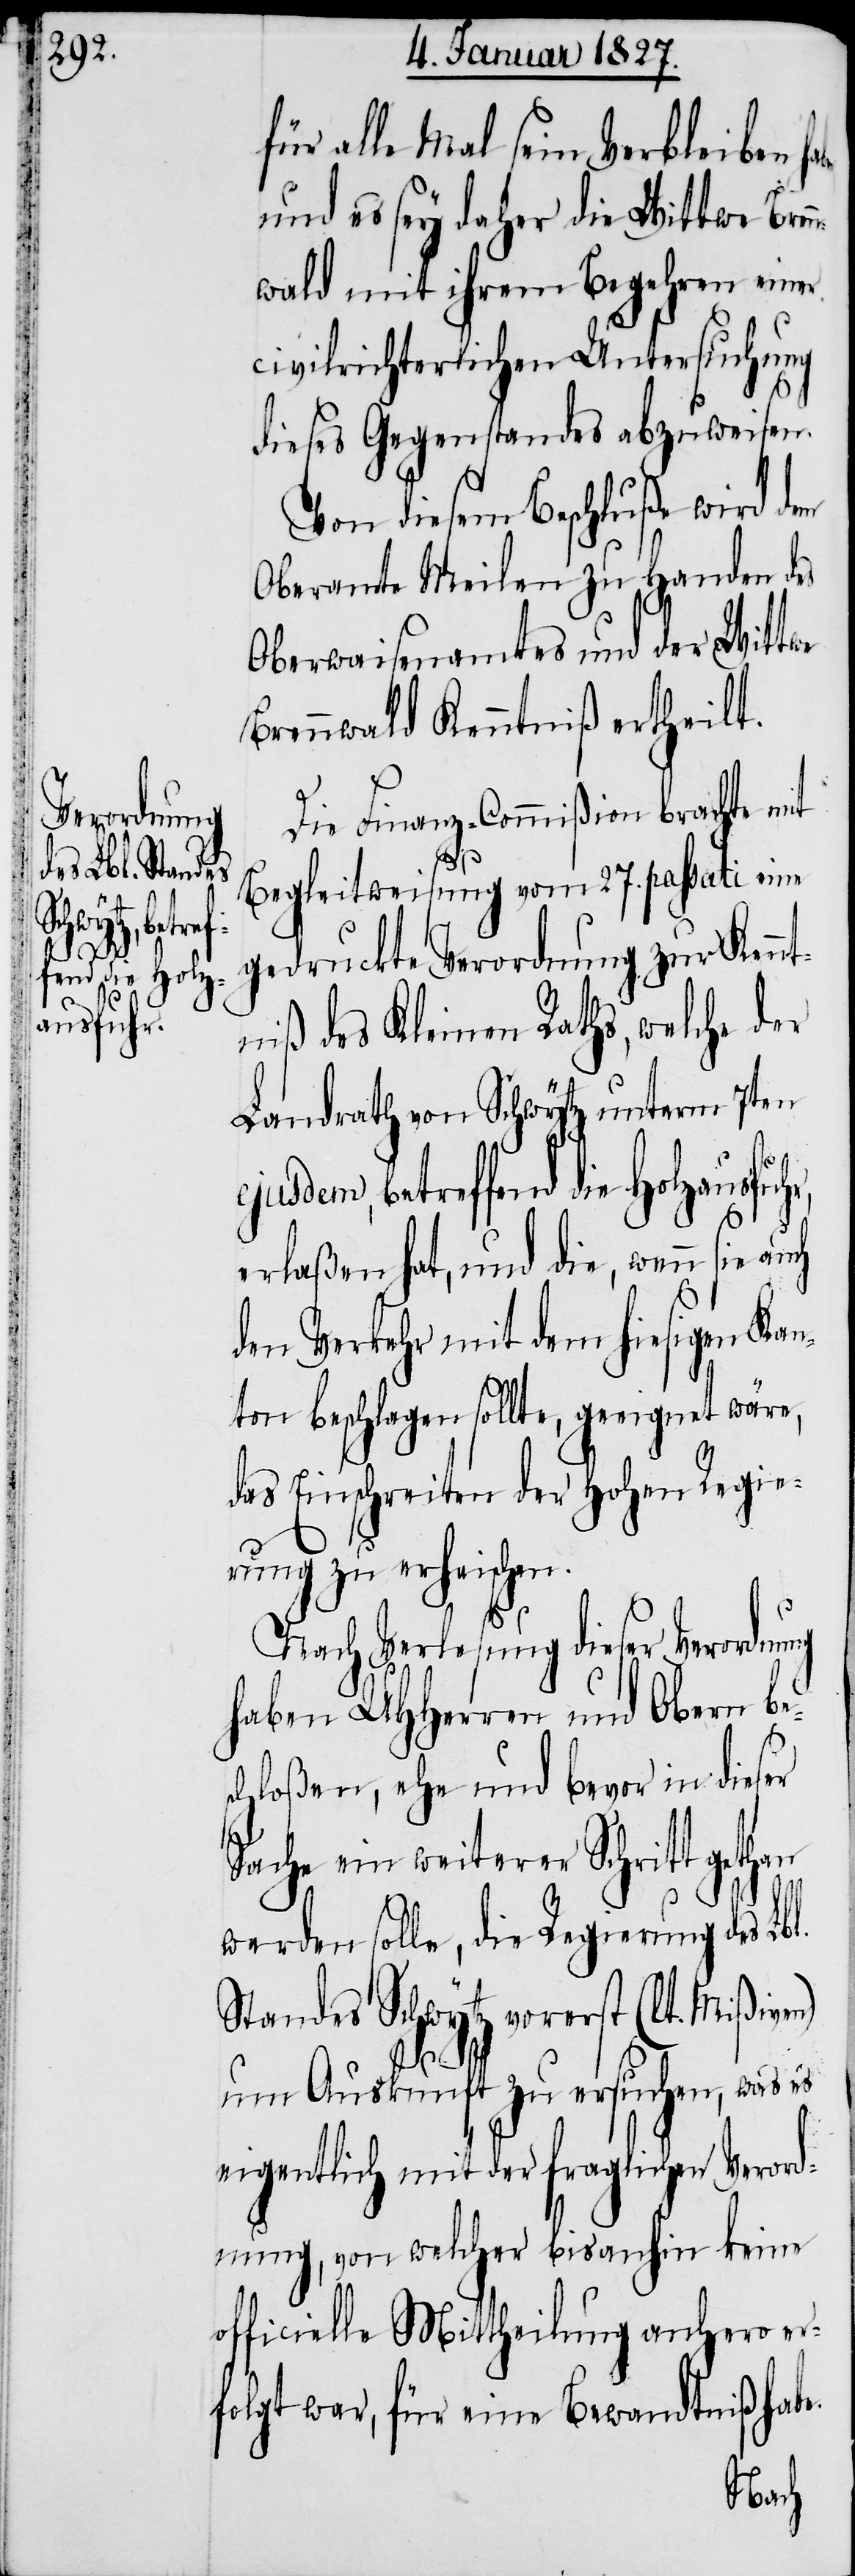
ejusdem, betref¬
fend die Holz¬
ausfuhr,

für alle Mal sein Verbleiben
und es sey daher die Wittwe Bren¬
nwald mit ihrem Begehren einer
civilrichterlichen Untersuchung
e.
dieses Gegenstandes abzuweisen.
Von diesem Beschluße wird dem
Oberamte Meilen zu Handen des
Oberwaisenamtes und der Wittwe
Brennwald Kenntniß ertheilt.
Die Finanz-Commißion brachte mit
Begleitweisung vom 27. passati eine
gedruckte Verordnung zur Kennt¬
niß des Kleinen Raths, welche der
Landrath von Schwytz unterm 7ten
erlaßen hat, und die, wenn sie
den Verkehr mit dem hiesigen Kan¬
ton beschlagen sollte, geeignet wäre,
das Einschreiten der Hohen Regie¬
rung zu erheischen.
Nach Verlesung dieser Verordnung
haben UHHerren und Obern bes¬
chloßen, ehe und bevor in dieser
Sache ein weiterer Schritt
werden solle, die Regierung des Lbl.
Standes Schwytz vorerst (lt. Mißiven)
um Auskunft zu ersuchen, was es
eigentlich mit der fraglichen Verord¬
nung, von welcher bis anhin keine
officielle Mittheilung anhero er¬
folgt war, für eine Bewandtniß hab¬